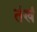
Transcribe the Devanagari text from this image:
तंखं